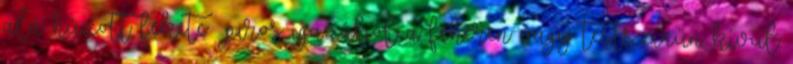
alá húzott fekete piros igazából a fehéren vagy testszínűn kívül